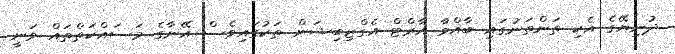
ދުނިޔޭގެ އެކި ތަންތަނުގައި ބާއްވާ އާރްޓް އެގްޒިބިޝަން ތަކުގައިވެސް އޭނާގެ މަސައްކަތްތައް ވަނީ